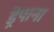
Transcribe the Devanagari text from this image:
ड्रेपाना